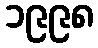
၁၉၉၈